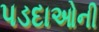
પડદાઓની